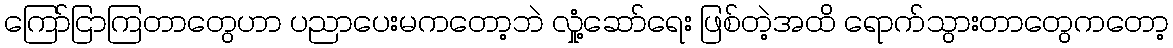
ကြော်ငြာကြတာတွေဟာ ပညာပေးမကတော့ဘဲ လှုံ့ဆော်ရေး ဖြစ်တဲ့အထိ ရောက်သွားတာတွေကတော့